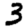
Digit: 3